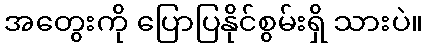
အတွေးကို ပြောပြနိုင်စွမ်းရှိ သားပဲ။